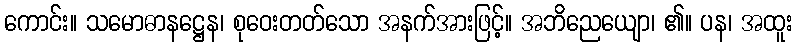
ကောင်း။ သမောဓာနဋ္ဌေန၊ စုဝေးတတ်သော အနက်အားဖြင့်။ အဘိညေယျော၊ ၏။ ပန၊ အထူး